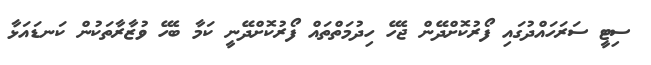
ސިޓީ ސަރަހައްދުގައި ފޯރުކޮށްދޭން ޖެހޭ ހިދުމަތްތައް ފޯރުކޮށްދޭނީ ކަމާ ބެހޭ ވުޒާރާތަކުން ކަނޑައަޅާ